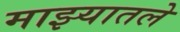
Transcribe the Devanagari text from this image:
माझ्यातले